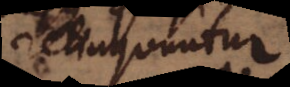
relinquuntur